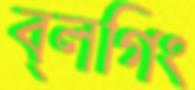
ব্লগিং